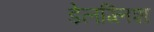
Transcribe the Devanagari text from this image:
डेलग्लिश